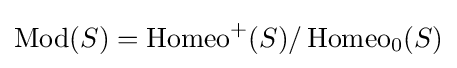
\operatorname {Mod} (S)=\operatorname {Homeo} ^{+}(S)/\operatorname {Homeo} _{0}(S)